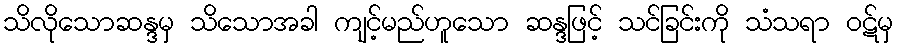
သိလိုသောဆန္ဒမှ သိသောအခါ ကျင့်မည်ဟူသော ဆန္ဒဖြင့် သင်ခြင်းကို သံသရာ ဝဋ်မှ